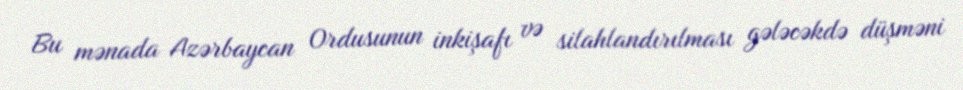
Bu mənada Azərbaycan Ordusunun inkişafı və silahlandırılması gələcəkdə düşməni